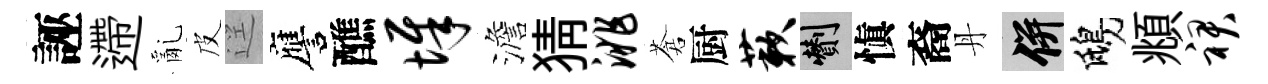
誣遰亂皮逕譍醮墀澹猜洮蒼厨蔌剪愼裔丹并鴟頫裙